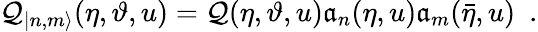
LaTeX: \mathcal{Q}_{|n,m\rangle}(\eta,\vartheta,u)=\mathcal{Q}(\eta,\vartheta,u)\mathfrak{a}_{n}(\eta,u)\mathfrak{a}_{m}(\bar{{\eta}},u)\, \, \, .